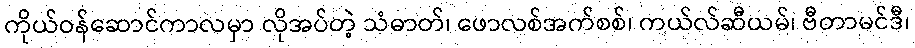
ကိုယ်ဝန်ဆောင်ကာလမှာ လိုအပ်တဲ့ သံဓာတ်၊ ဖောလစ်အက်စစ်၊ ကယ်လ်ဆီယမ်၊ ဗီတာမင်ဒီ၊